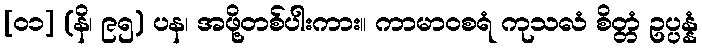
[၀၁] (နိ၊ ၉၅) ပန၊ အဖို့တစ်ပါးကား။ ကာမာဝစရံ ကုသလံ စိတ္တံ ဥပ္ပန္နံ